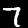
Digit: 7